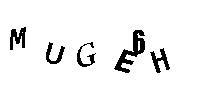
MUGE6H